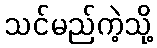
သင်မည်ကဲ့သို့